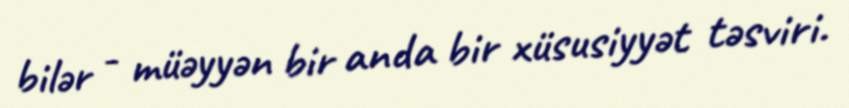
bilər - müəyyən bir anda bir xüsusiyyət təsviri.